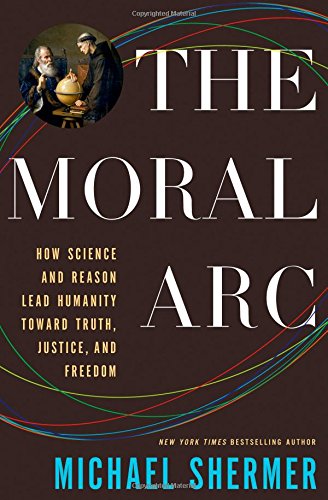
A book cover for The Moral Arc: How Science Makes Us Better People; Michael Shermer; Science & Math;